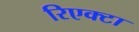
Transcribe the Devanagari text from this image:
रिएक्टा